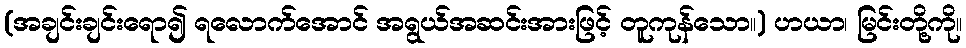
(အချင်းချင်းရော၍ ရလောက်အောင် အရွယ်အဆင်းအားဖြင့် တူကုန်သော။) ဟယာ၊ မြင်းတို့ကို။